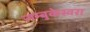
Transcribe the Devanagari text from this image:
जम्बुकेस्वरा